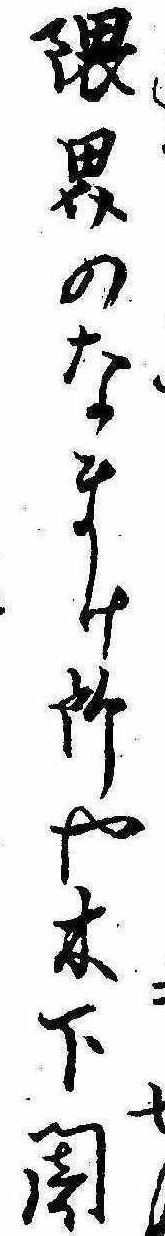
界隈のなまけ所や木下闇